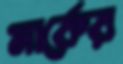
মার্কের